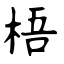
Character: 梧